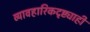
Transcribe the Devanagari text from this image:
व्यावहारिकदृष्ट्याही